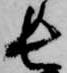
長